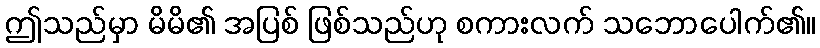
ဤသည်မှာ မိမိ၏ အပြစ် ဖြစ်သည်ဟု စကားလက် သဘောပေါက်၏။